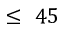
\le ~ 4 5